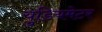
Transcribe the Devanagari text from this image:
युडियमेटर